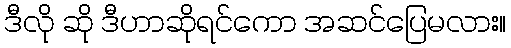
ဒီလို ဆို ဒီဟာဆိုရင်ကော အဆင်ပြေမလား။